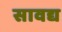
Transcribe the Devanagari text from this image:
सावद्य